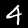
Digit: 4